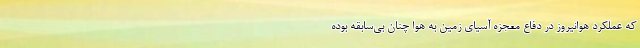
که عملکرد هوانیروز در دفاع معجزه آسیای زمین به هوا چنان بی‌سابقه بوده